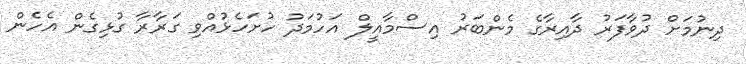
ދިނުމަށް ދުވާފަރު ދާއިރާގެ މެންބަރު އިސްމާއީލް އަހުމަދު ހުށަހެޅުއްވި ގަރާރާ ގުޅިގެން އެހެން